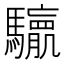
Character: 𮪛